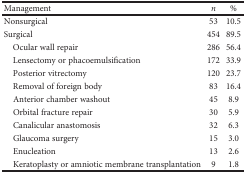
<table><thead><tr><td><b>Management</b></td><td><b><i>n</i></b></td><td><b>%</b></td></tr></thead><tbody><tr><td>Nonsurgical</td><td>53</td><td>10.5</td></tr><tr><td>Surgical</td><td>454</td><td>89.5</td></tr><tr><td> Ocular wall repair</td><td>286</td><td>56.4</td></tr><tr><td> Lensectomy or phacoemulsification</td><td>172</td><td>33.9</td></tr><tr><td> Posterior vitrectomy</td><td>120</td><td>23.7</td></tr><tr><td> Removal of foreign body</td><td>83</td><td>16.4</td></tr><tr><td> Anterior chamber washout</td><td>45</td><td>8.9</td></tr><tr><td> Orbital fracture repair</td><td>30</td><td>5.9</td></tr><tr><td> Canalicular anastomosis</td><td>32</td><td>6.3</td></tr><tr><td> Glaucoma surgery</td><td>15</td><td>3.0</td></tr><tr><td> Enucleation</td><td>13</td><td>2.6</td></tr><tr><td> Keratoplasty or amniotic membrane transplantation</td><td>9</td><td>1.8</td></tr></tbody></table>